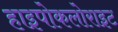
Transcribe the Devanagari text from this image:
हाइपोकलोराइट